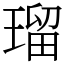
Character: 瑠